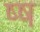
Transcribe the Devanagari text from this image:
ष्ष